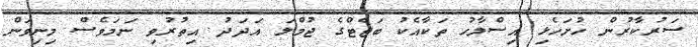
ސަރުކާރުން ހުށަހެޅި އިސްލާހު ތަކާއެކު ބަޖެޓްގެ ޖުމްލަ އަދަދު އިތުރުވި ނަމަވެސް މިނިވަން